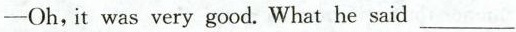
——Oh,it was very good. What he said___